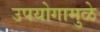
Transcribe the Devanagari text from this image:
उपयोगामुळे